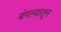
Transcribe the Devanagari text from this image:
बंगल्यातून